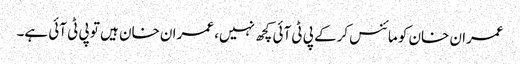
عمران خان کو مائنس کرکے پی ٹی آئی کچھ نہیں، عمران خان ہیں تو پی ٹی آئی ہے۔